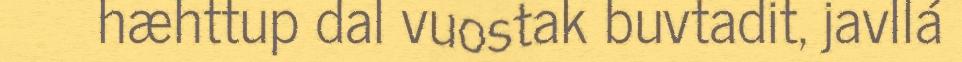
hæhttup dal vuostak buvtadit, javllá